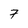
Character: 7